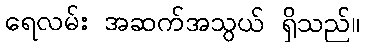
ရေလမ်း အဆက်အသွယ် ရှိသည်။